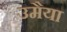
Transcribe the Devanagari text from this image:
उमैया